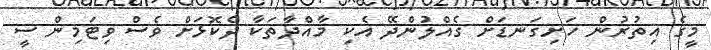
މީގެ އިތުރުން ހަށިގަނޑަށް ގެއްލުންދޭ އެކި މާއްދާތަކާ ދެކޮޅަށް ވެސް ވިޓަމިން ސީ